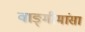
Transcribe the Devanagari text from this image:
वाङ्‍मीमांसा